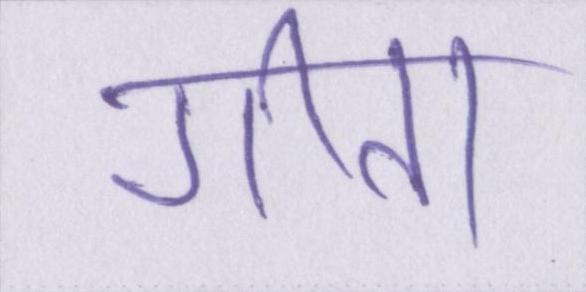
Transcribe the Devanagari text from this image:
गीता